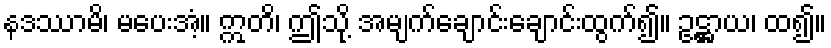
နဒဿာမိ၊ မပေးအံ့။ ဣတိ၊ ဤသို့ အမျက်ချောင်းချောင်းထွက်၍။ ဥဋ္ဌာယ၊ ထ၍။